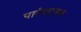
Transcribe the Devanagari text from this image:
पारंपरागक